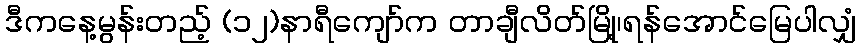
ဒီကနေ့မွန်းတည့် (၁၂)နာရီကျော်က တာချီလိတ်မြို့၊ရန်အောင်မြေပါလျှံ